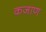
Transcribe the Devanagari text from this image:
कजाण